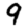
Digit: 9